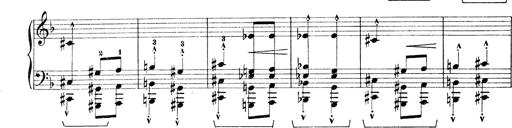
Title: Rapsodie: 19 ungheresi, 1 spagnuola
Composer: Franz Liszt